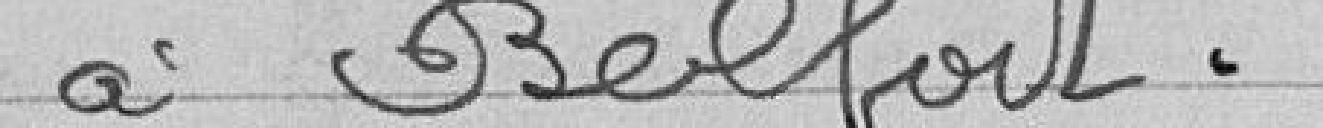
à Belfort.